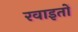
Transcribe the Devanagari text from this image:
रवाइतों